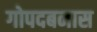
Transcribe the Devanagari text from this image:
गोपदबनास